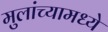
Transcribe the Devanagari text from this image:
मुलांच्यामध्ये